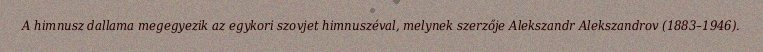
A himnusz dallama megegyezik az egykori szovjet himnuszéval, melynek szerzője Alekszandr Alekszandrov (1883–1946).